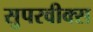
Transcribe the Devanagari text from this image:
सुपरवीक्स